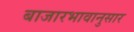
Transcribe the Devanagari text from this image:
बाजारभावानुसार